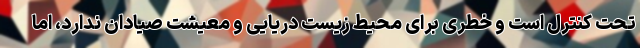
تحت کنترل است و خطری برای محیط زیست دریایی و معیشت صیادان ندارد، اما